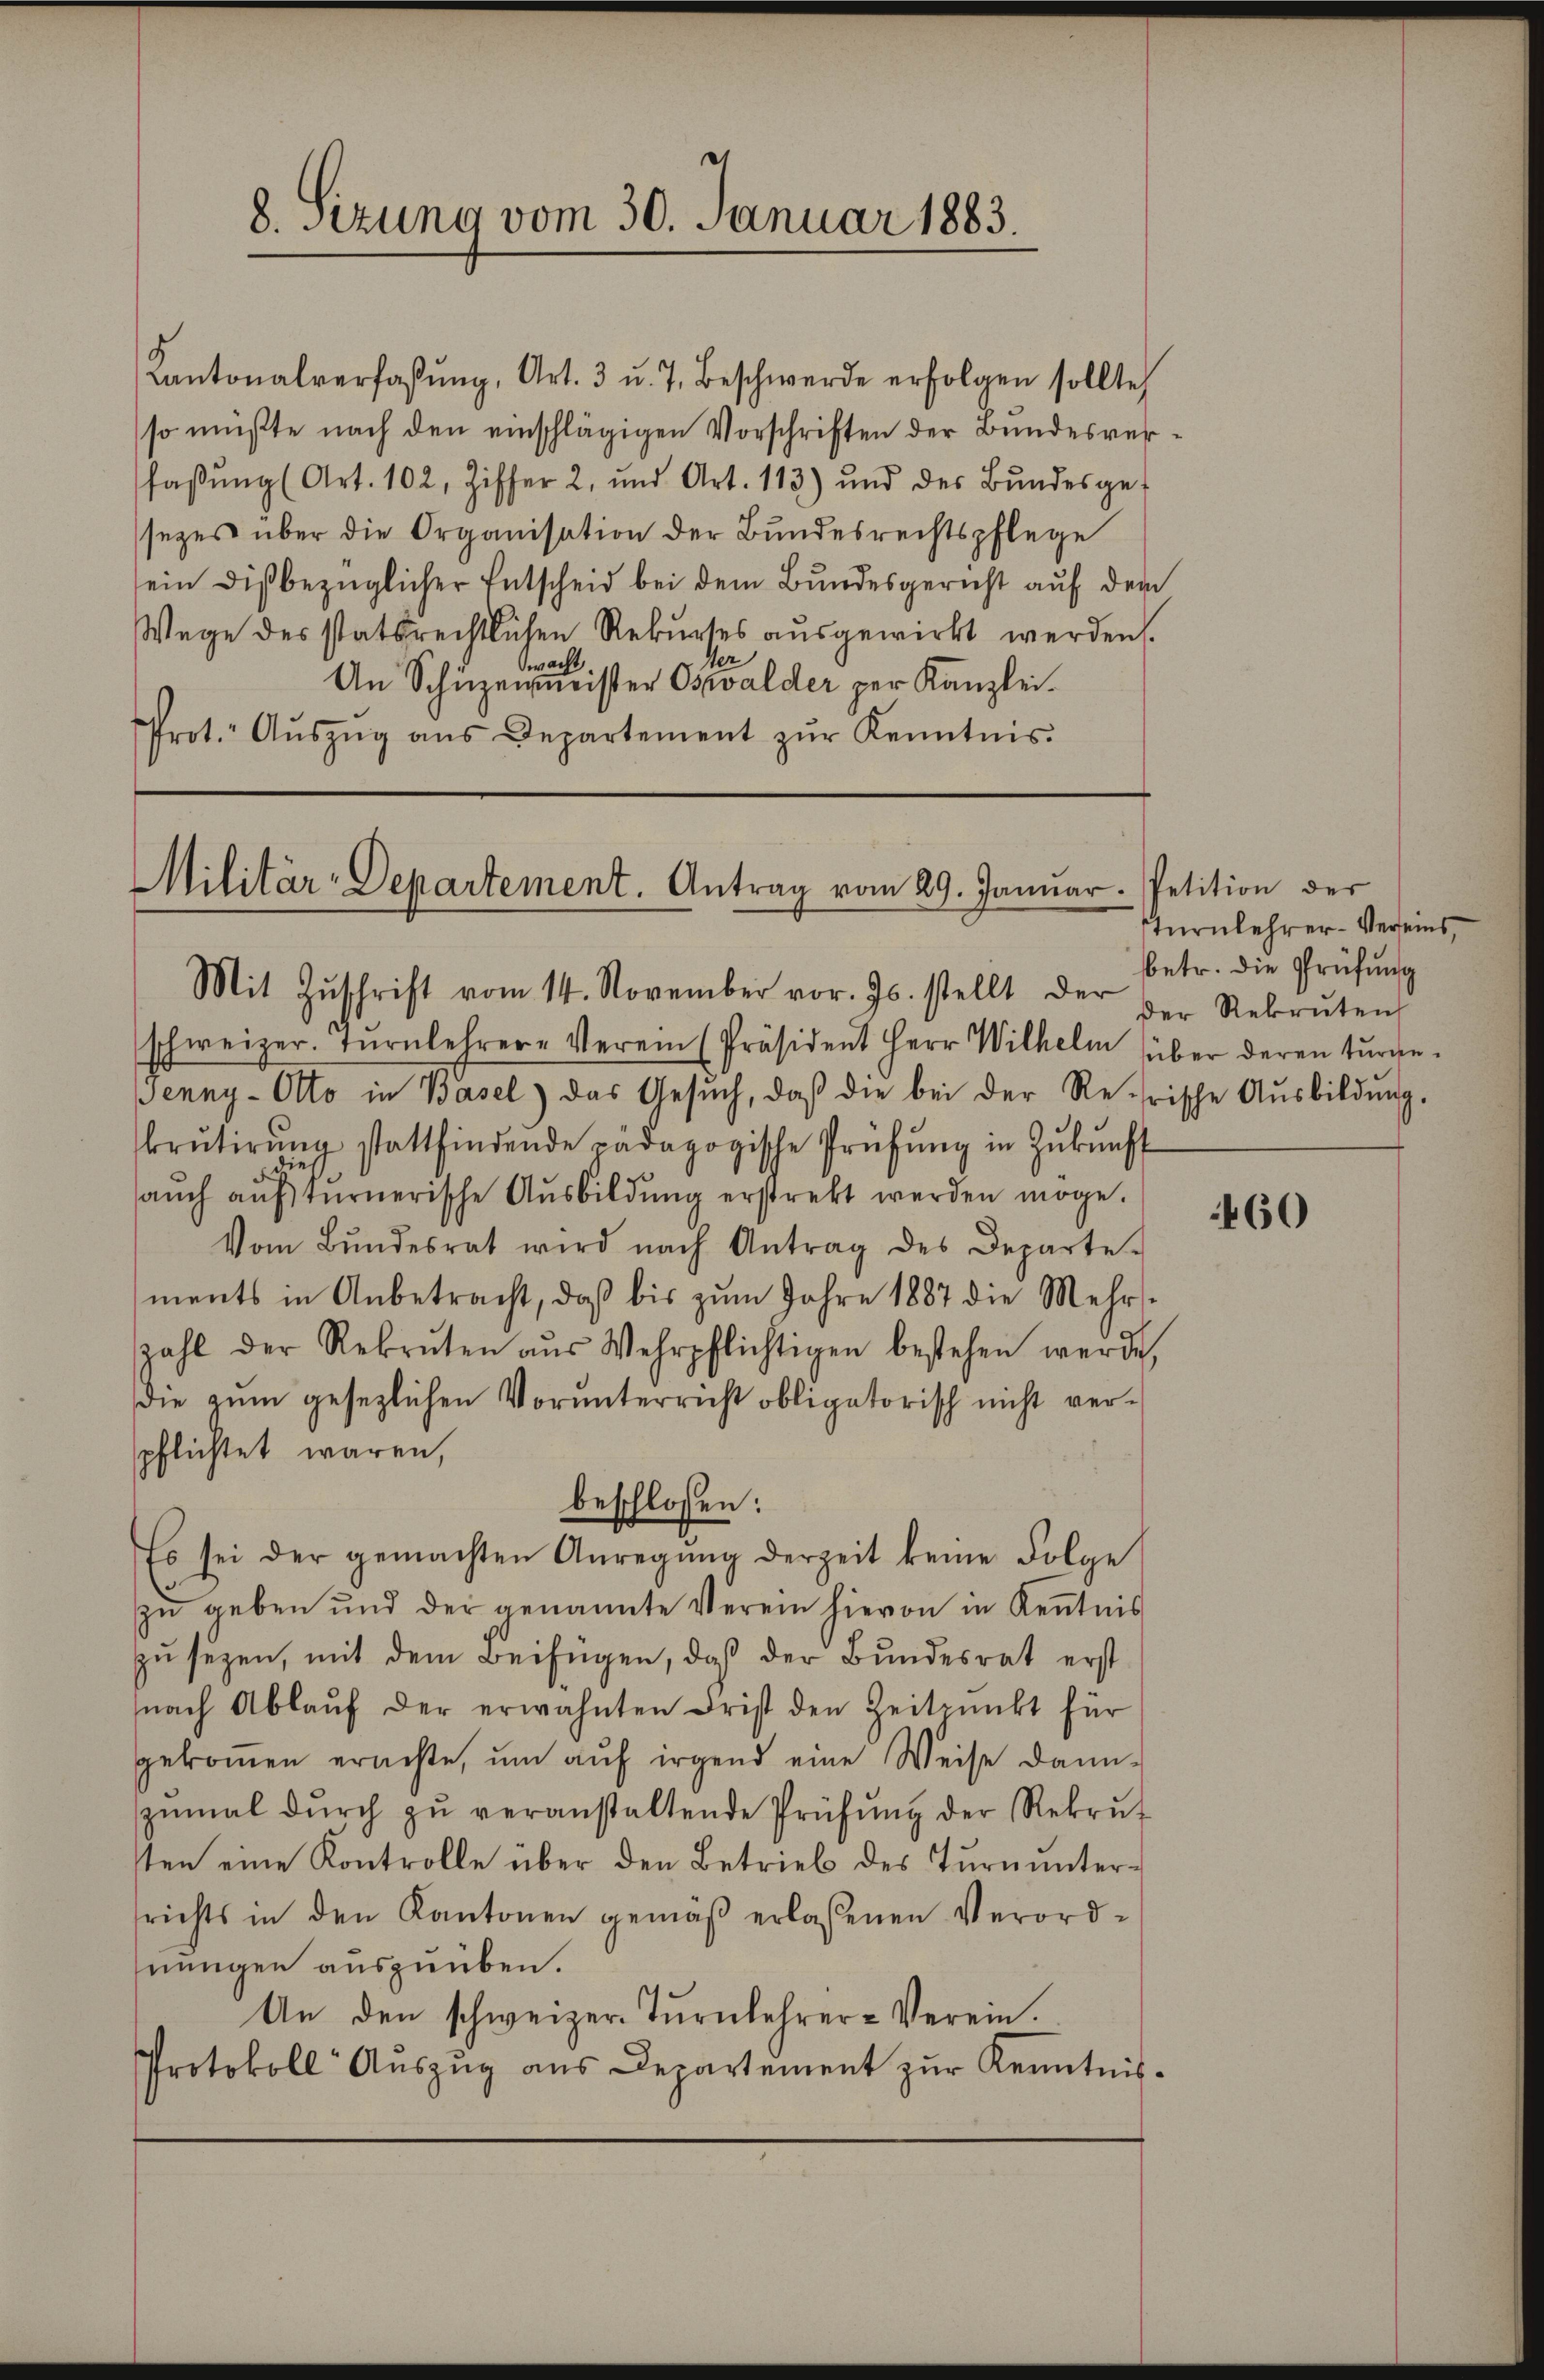
8. Sizung vom 30. Januar 1883.

Kantonalverfassŭng, Art. 3 u. 7. Beschwerde erfolgen sollte
so müßte nach den einschlägigen Vorschriften der Bundesverfaβŭng (Art. 102, Ziffer 2, und Art. 113) und des Bŭndesge-
sezes über die Organisation der Bundesrechtspflege
sein dißbezüglicher Entscheid bei dem Bundesgericht auf dem
Wege des statsrechtlichen Rekurses ausgewirkt werden.
was
An Schüzenmeister Oswalder per Kanzlei.
Prot. Aŭszŭg aŭs Departement zŭr Kenntnis.

Militär-Departement. Antrag vom 29. Janŭar Petition der
Mit Zŭschrift vom 14. November vor. Js. stellt der der Rekruten

schweizer. Turnlehrer-Verein (Präsident Herr Wilhelm über deren turge-
Jenny-Otto in Basel) das Gesŭch, daβ die bei der Reirische Aŭsbildŭng.
Brŭtirŭng stattfindende pädagogische Prüfŭng in Zŭkŭnft
auch auf kurnerische Ausbildung erstrebt werden möge.
Vom Bŭndesrat wird nach Antrag des Departe
ments in Anbetracht, daβ bis zŭm Jahre 1887 die Mehrs-
zahl der Rekruten aŭs Wehrpflichtigen bestehen werde,
die zum gesezlichen Vorunterricht obligatorisch nicht verpflichtet waren,
beschlossen:
Es sei der gemachten Anregŭng derzeit keine Folge
zu geben und der genannte Verein hievon in Kenntnis
zŭ sezen, mit dem Beifügen, daß der Bundesrat erst
nach Ablaŭf der erwähnten Frist den Zeitpunkt für
gekommen erachte, um auf irgend eine Weise dann
zŭmal dŭrch zŭ veranstaltende Prüfŭng der Rekrut
sten eine Kontrolle über den Betrieb des Tŭrnŭnter-
srichts in den Kantonen gemäß erlassenen Verordnungen auszuüben.
An den schweizer Tŭrnlehrer-Verein.
Protokoll Aŭszŭg aŭs Departement zŭr Kenntnis-

turnlehrer-Vereins,
betr. die Prüfung

460